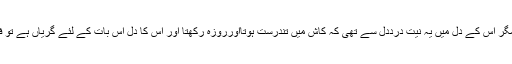
’’جو شخص روزہ سے محروم رہتاہے مگر اس کے دل میں یہ نیت درددل سے تھی کہ کاش مَیں تندرست ہوتااورروزہ رکھتا اور اس کا دل اس بات کے لئے گریاں ہے تو فرشتے اس کے لئے روزہ رکھیں گے‘‘۔